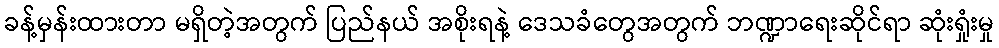
ခန့်မှန်းထားတာ မရှိတဲ့အတွက် ပြည်နယ် အစိုးရနဲ့ ဒေသခံတွေအတွက် ဘဏ္ဍာရေးဆိုင်ရာ ဆုံးရှုံးမှု